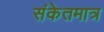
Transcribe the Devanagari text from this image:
संकेतमात्र